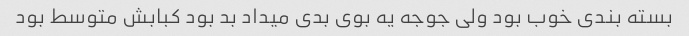
بسته بندی خوب بود ولی جوجه یه بوی بدی میداد بد بود کبابش متوسط بود